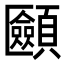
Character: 𩕿